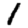
Digit: 1